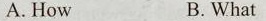
A. How B. What